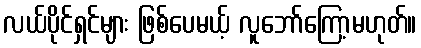
လယ်ပိုင်ရှင်များ ဖြစ်ပေမယ့် လူဘော်ကြော့မဟုတ်။